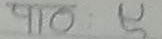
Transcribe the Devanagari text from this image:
पाठ : ५